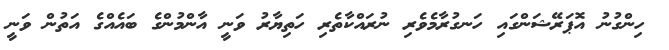
ހިންގުނު އޮޕަރޭޝަންގައި ހަނގުރާމެވެރި ނުރައްކާތެރި ހަތިޔާރު ވަނީ އާންމުންގެ ބައެއްގެ އަތުން ވަނީ